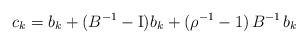
LaTeX: \begin{align*}c_k=b_k+(B^{-1}-\mathrm{I}) b_k+(\rho^{-1}-1)\,B^{-1}\,b_k\end{align*}